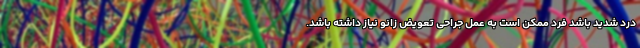
درد شدید باشد فرد ممکن است به عمل جراحی تعویض زانو نیاز داشته باشد.